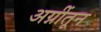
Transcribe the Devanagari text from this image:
अग्नींतून